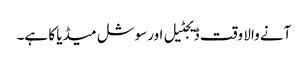
آنے والا وقت ڈیجٹیل اورسوشل میڈیا کا ہے۔